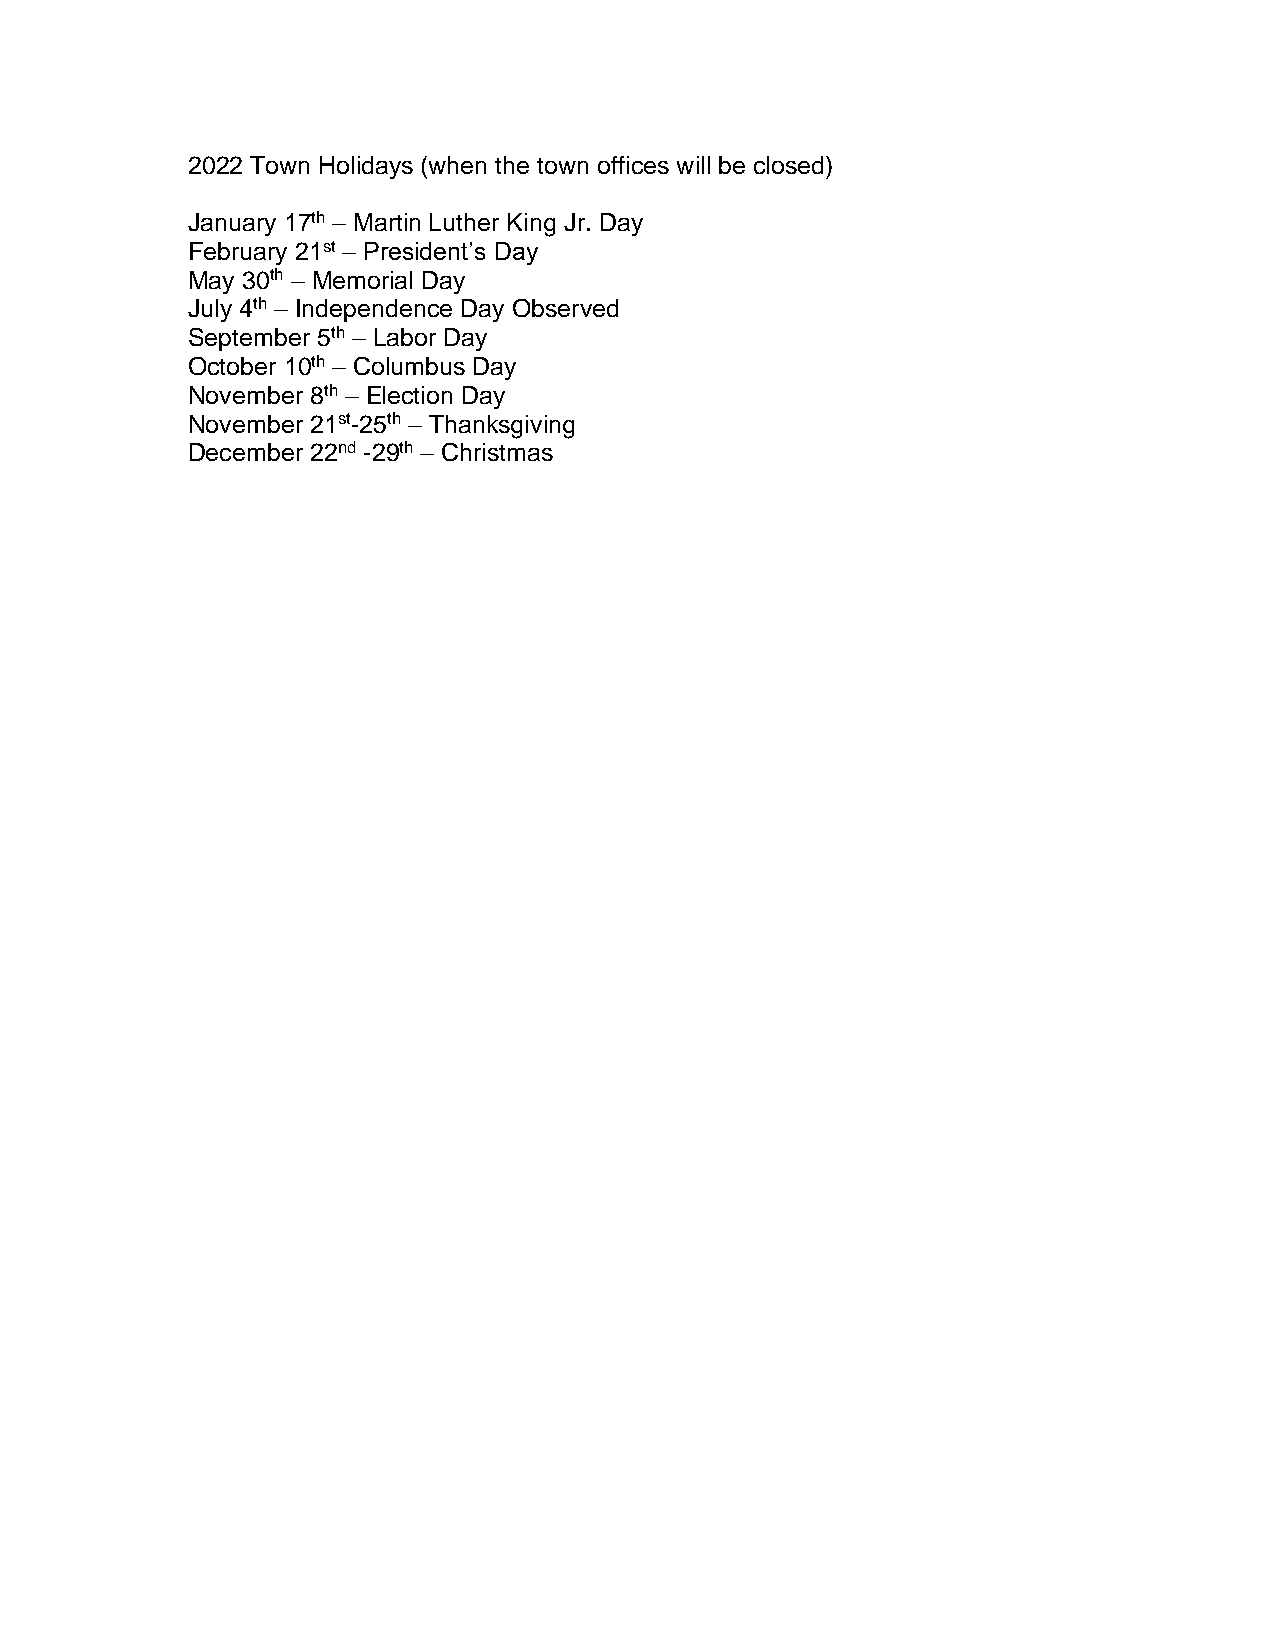
2022 Town Holidays (when the town offices will be closed)
 January 17th – Martin Luther King Jr. Day
 February 21st – President’s Day
 May 30th – Memorial Day
 July 4th – Independence Day Observed
 September 5th – Labor Day
 October 10th – Columbus Day
 November 8th – Election Day
 November 21st-25th – Thanksgiving
 December 22nd -29th – Christmas